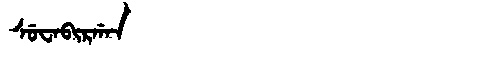
Manchu: ᠰᡠᠸᠠᠪᡳᡵᡤᠠᠨ
Romanization: SUWABIRGAN